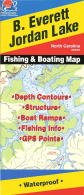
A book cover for B. Everett Jordan Lake Fishing Map (North Carolina Lakes); Fishing Hot Spots; Travel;